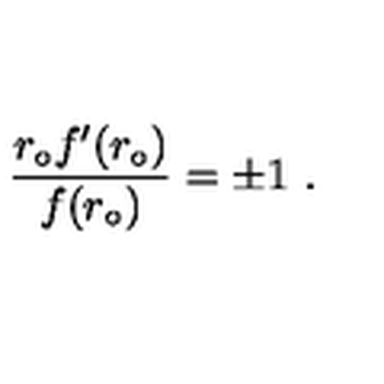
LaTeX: \frac { r _ { \circ } f ^ { \prime } ( r _ { \circ } ) } { f ( r _ { \circ } ) } = \pm 1 \ .